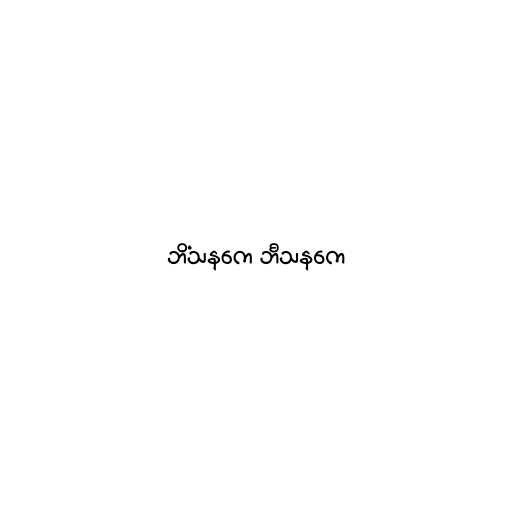
ဘိံသနကေ ဘီသနကေ